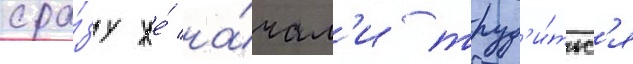
сра́зу же́ на́чал'и труд'и́тьс'я